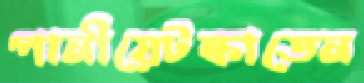
পানীয়েটস্‌কাতেন